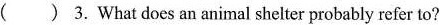
( ) 3.What does an animal shelter probably refer to?